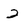
Character: 2